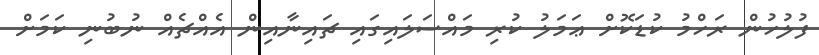
ފުލުހުން ރަހްމު ކުޑަކޮށް ޢަމަލު ކުރި މައްސަލައިގައި ޗައިނާއިން އެއްޗެއް ނުބުނި ކަމަށް